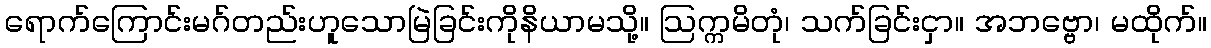
ရောက်ကြောင်းမဂ်တည်းဟူသောမြဲခြင်းကိုနိယာမသို့။ ဩက္ကမိတုံ၊ သက်ခြင်းငှာ။ အဘဗ္ဗော၊ မထိုက်။